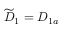
\widetilde D _ { 1 } = D _ { 1 a }